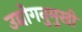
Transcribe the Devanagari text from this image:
उद्योगनुमुखी